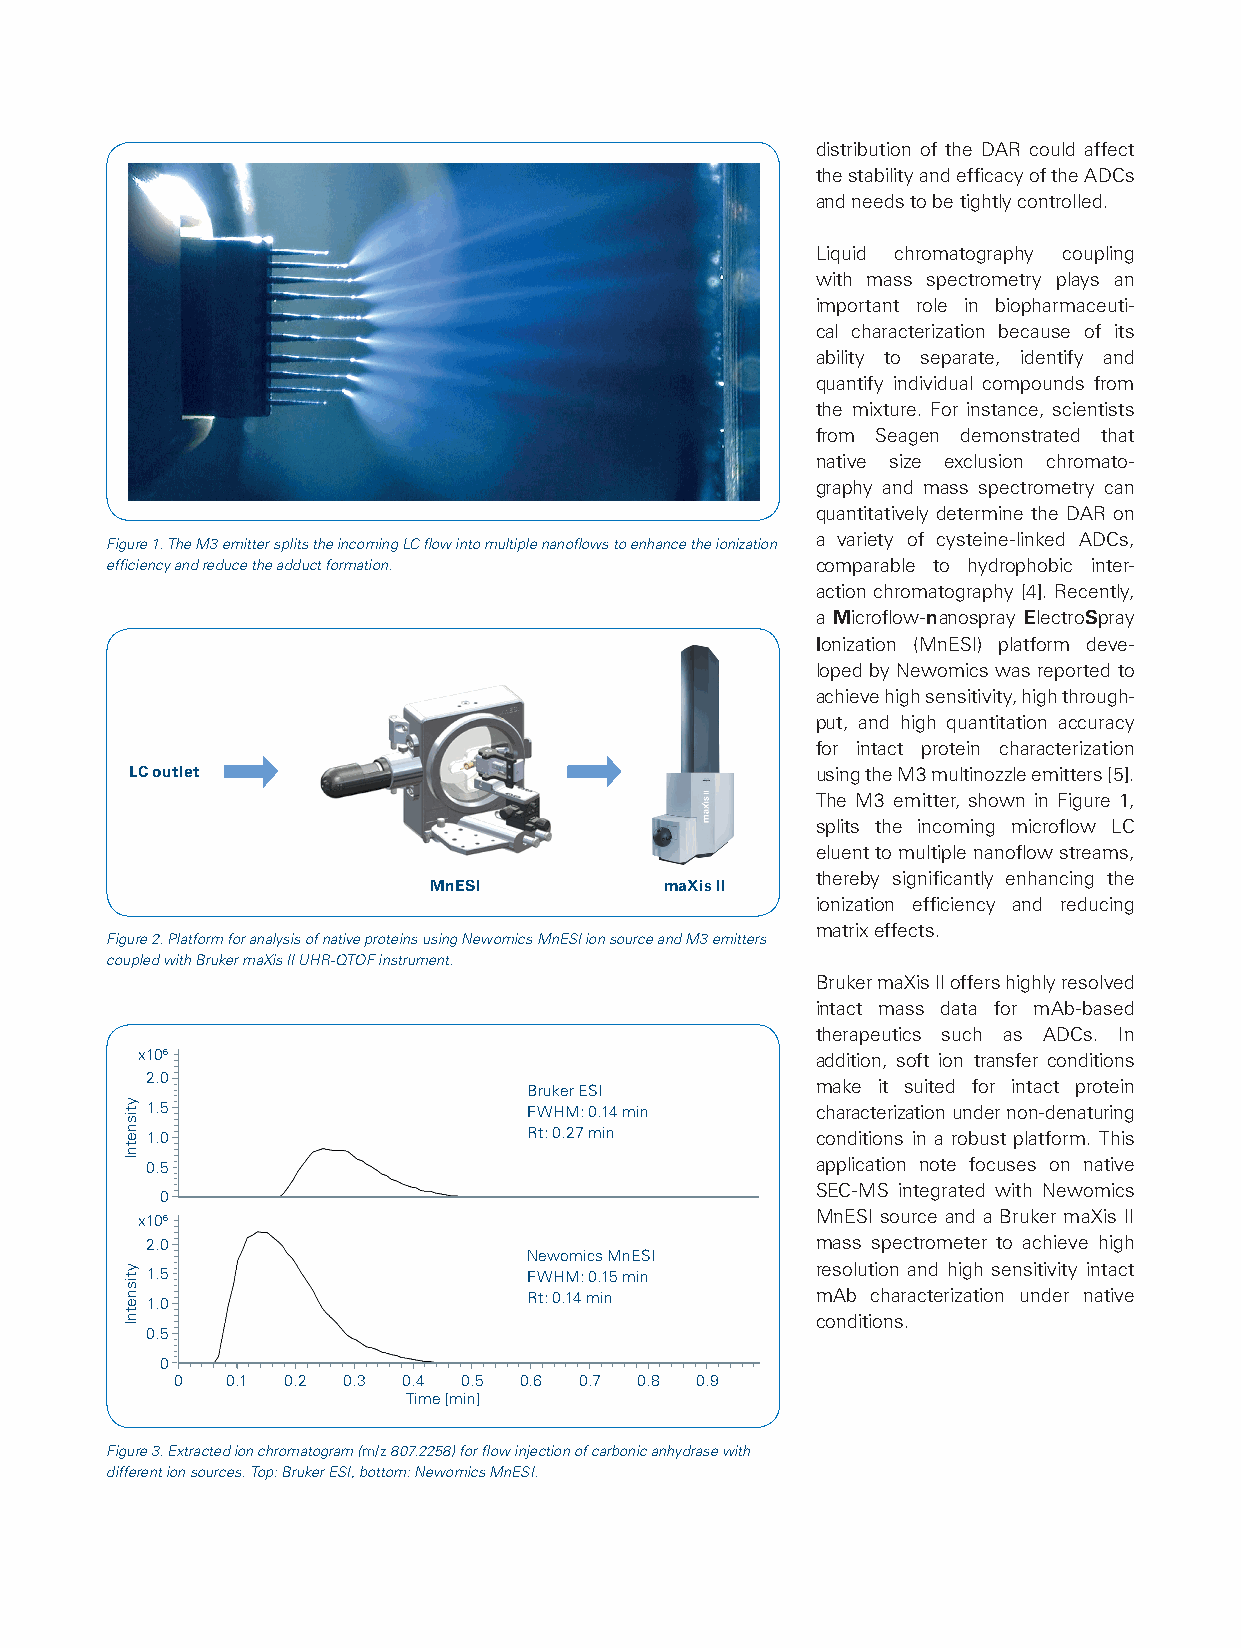
distribution of the DAR could affect
 the stability and efficacy of the ADCs
 and needs to be tightly controlled.
 Liquid chromatography coupling
 with mass spectrometry plays an
 important role in biopharmaceuti-
 cal characterization because of its
 ability to separate, identify and
 quantify individual compounds from
 the mixture. For instance, scientists
 from Seagen demonstrated that
 native size exclusion chromato-
 graphy and mass spectrometry can
 quantitatively determine the DAR on
 Figure 1. The M3 emitter splits the incoming LC flow into multiple nanoflows to enhance the ionization a variety of cysteine-linked ADCs,
 efficiency and reduce the adduct formation.    comparable to hydrophobic inter-
 action chromatography [4]. Recently,
 a Microflow-nanospray ElectroSpray
 Ionization (MnESI) platform deve-
 loped by Newomics was reported to
 achieve high sensitivity, high through-
 put, and high quantitation accuracy
 for intact protein characterization
 LC outlet                                    using the M3 multinozzle emitters [5].
 The M3 emitter, shown in Figure 1,
 splits the incoming microflow LC
 eluent to multiple nanoflow streams,
 thereby significantly enhancing the
 MnESI           maXis II
 ionization efficiency and reducing
 matrix effects.
 Figure 2. Platform for analysis of native proteins using Newomics MnESI ion source and M3 emitters
 coupled with Bruker maXis II UHR-QTOF instrument.
 Bruker maXis II offers highly resolved
 intact mass data for mAb-based
 therapeutics such as ADCs. In
 x106                                         addition, soft ion transfer conditions
 2.0
 Bruker ESI         make it suited for intact protein
 1.5                      FWHM: 0.14 min     characterization under non-denaturing
 1.0                      Rt: 0.27 min       conditions in a robust platform. This
 0.5                                         application note focuses on native
 SEC-MS integrated with Newomics
 0
 x106                                         MnESI source and a Bruker maXis II
 2.0                                         mass spectrometer to achieve high
 Newomics MnESI
 resolution and high sensitivity intact 1.5 FWHM: 0.15 min
 1.0                      Rt: 0.14 min       mAb characterization under native
 conditions.
 0.5
 0
 0  0.1 0.2 0.3 0.4 0.5 0.6 0.7 0.8 0.9
 Time [min]
 Figure 3. Extracted ion chromatogram (m/z 807.2258) for flow injection of carbonic anhydrase with
 different ion sources. Top: Bruker ESI, bottom: Newomics MnESI.
 ytisnetnI
 ytisnetnI